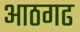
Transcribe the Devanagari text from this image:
आठगढ